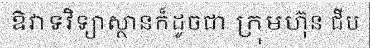
ឱវាទវិទ្យាស្ថានក៏ដូចជា ក្រុមហ៊ុន ជីប